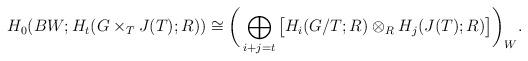
LaTeX: \begin{align*}H_0(BW;H_t(G \times_{T} J(T);R))\cong \bigg( \bigoplus_{i+j=t} \big[ H_i(G/T;R) \otimes_{R} H_j (J(T);R) \big]\bigg)_W.\end{align*}